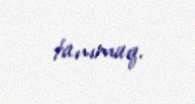
tanımaq.